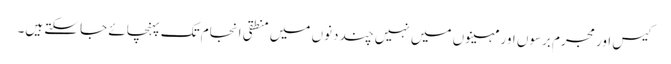
کیس اور مجرم برسوں اور مہینوں میں نہیں چند دنوں میں منطقی انجام تک پہنچائے جا سکتے ہیں۔